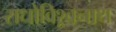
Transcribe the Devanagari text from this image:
राधोविश्र्वनाथ